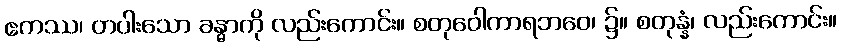
ဧကဿ၊ တပါးသော ခန္ဓာကို လည်းကောင်း။ စတုဝေါကာရဘဝေ၊ ၌။ စတုန္နံ၊ လည်းကောင်း။